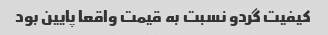
کیفیت گردو نسبت به قیمت واقعا پایین بود